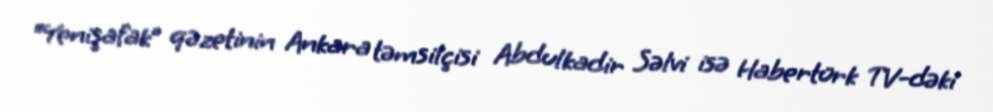
“Yenişafak” qəzetinin Ankara təmsilçisi Abdulkadir Səlvi isə Habertürk TV-dəki